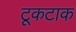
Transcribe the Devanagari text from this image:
टूकटाक